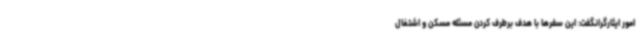
امور ایثارگرانگفت: این سفرها با هدف برطرف کردن مسئله مسکن و اشتغال